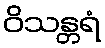
ဝိသန္တရံ